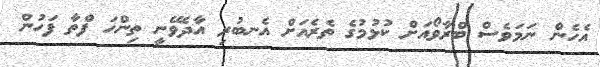
އެހެން ނަމަވެސް ބްރާވޯއަށް ކުޅުމުގެ ތެރެއަށް އެނބުރި އާދެވޭނީ ތިންހަ ފްތާ ފަހުން